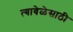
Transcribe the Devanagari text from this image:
त्यावेळेसाठी